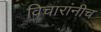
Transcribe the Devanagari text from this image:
विचारांनीच